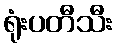
ရုံးပတီသီး